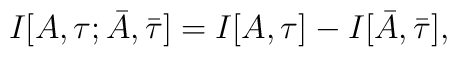
I[A,\tau; \bar A,\bar\tau] = I[A,\tau] - I[\bar A,\bar\tau] ,